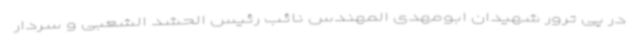
در پی ترور شهیدان ابومهدی المهندس نائب‌ رئیس الحشد الشعبی و سردار